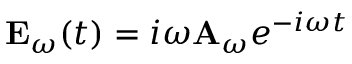
\mathbf { E } _ { \omega } ( t ) = i \omega \mathbf { A } _ { \omega } e ^ { - i \omega t }